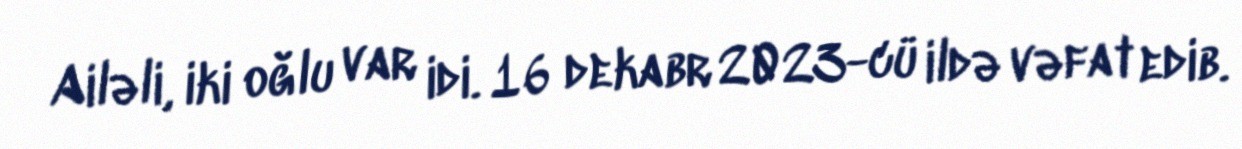
Ailəli, iki oğlu var idi. 16 dekabr 2023-cü ildə vəfat edib.